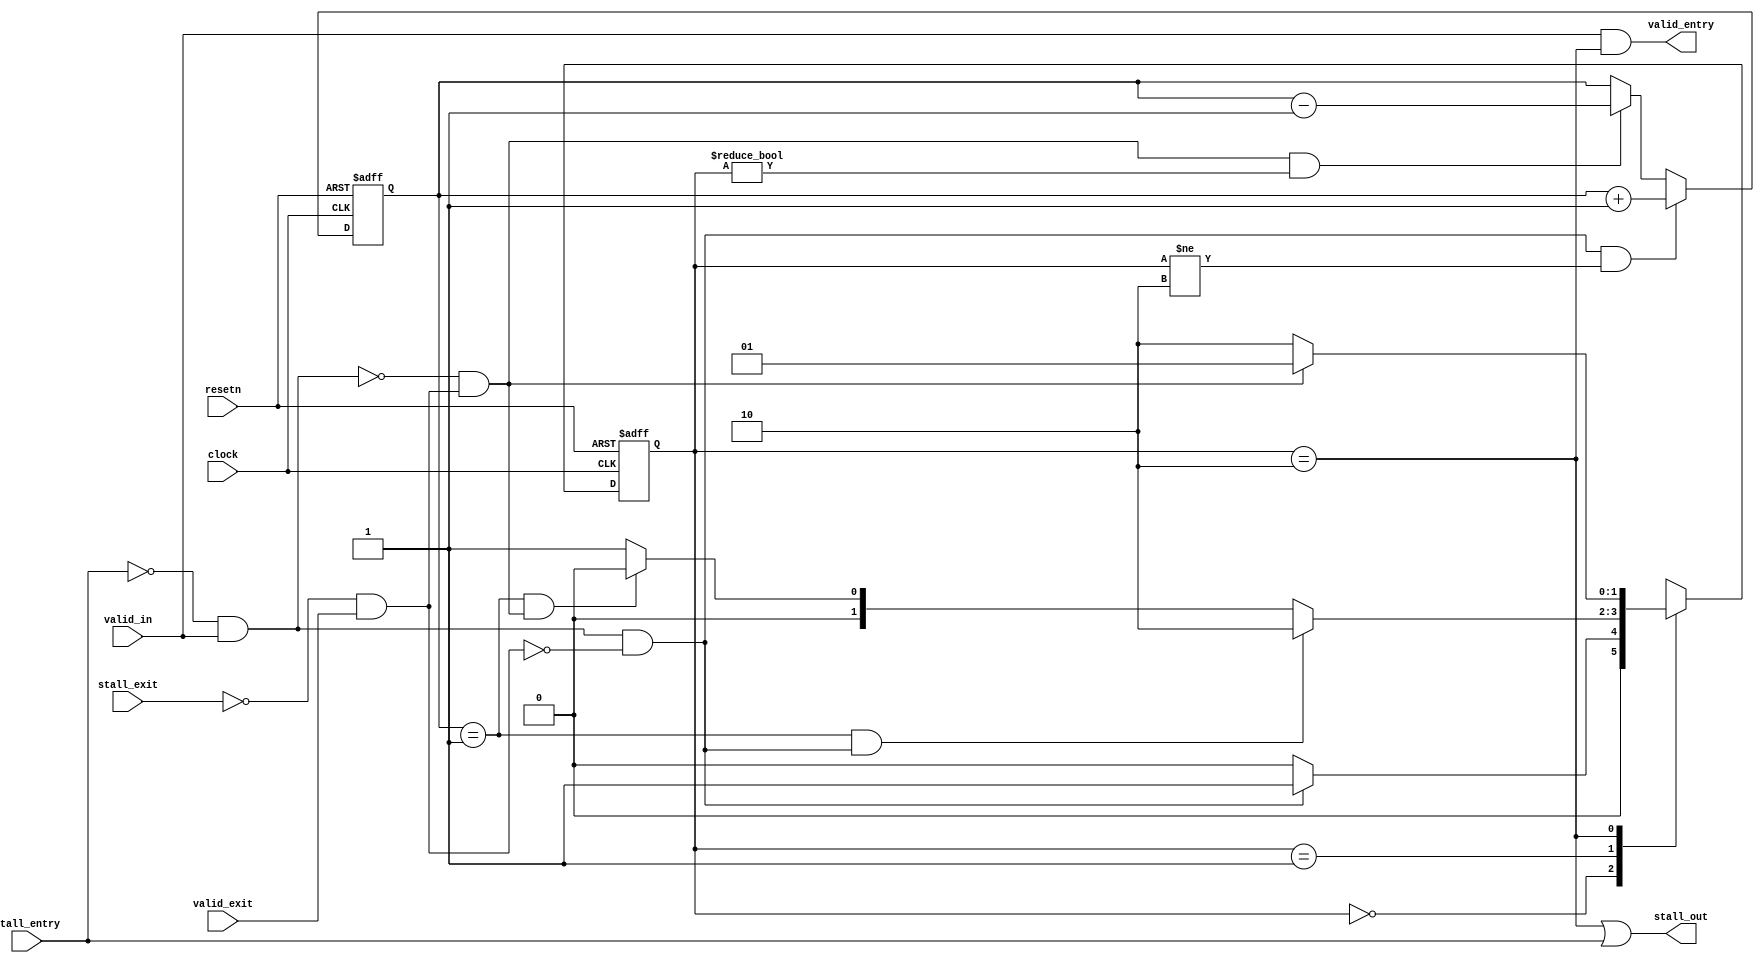
module loop_limiter_siso
	(
		clock,
		resetn,
		valid_in,
		stall_out,
		valid_entry,
		stall_entry,
		valid_exit,
		stall_exit
	);
parameter LIMIT_COUNTER_WIDTH = 16;
parameter MAX_VALUE = 2;
parameter VALUE_ONE = 1;
parameter MAX_VALUE_MIN_ONE = 1;
input clock;
input resetn;
input valid_in;
output stall_out;
output valid_entry;
input stall_entry;
input valid_exit;
input stall_exit;
parameter s_EMPTY = 2'b00;
parameter s_RUNNING = 2'b01;
parameter s_FULL = 2'b10;
reg [1:0] present_state, next_state;
reg [LIMIT_COUNTER_WIDTH-1:0] limit_counter;
wire increment_counter, decrement_counter;
assign increment_counter = ~(stall_entry) & valid_in;
assign decrement_counter = ~(stall_exit) & valid_exit;
always@(*)
begin
   case (present_state)
    s_EMPTY: if (increment_counter & ~decrement_counter)
                next_state <= s_RUNNING;
             else
                next_state <= s_EMPTY;
    s_RUNNING: if ((limit_counter == MAX_VALUE_MIN_ONE) & (increment_counter & ~decrement_counter))
                next_state <= s_FULL;
               else if ((limit_counter == VALUE_ONE) & (~increment_counter & decrement_counter))
                next_state <= s_EMPTY;
               else
                next_state <= s_RUNNING;
    s_FULL:  if (~increment_counter & decrement_counter)
                next_state <= s_RUNNING;
             else
                next_state <= s_FULL;
    default: next_state <= 2'bxx;
   endcase	 
end
always@(posedge clock or negedge resetn)
begin
  if (~resetn)
     present_state <= s_EMPTY;
  else
     present_state <= next_state;
end
always@(posedge clock or negedge resetn)
begin
  if (~resetn)
     limit_counter <= {LIMIT_COUNTER_WIDTH{1'b0}};
  else
  begin
    if ((increment_counter & ~decrement_counter) & (present_state != s_FULL))
       limit_counter <= limit_counter + 1'b1;
    else if ((~increment_counter & decrement_counter) & (present_state != s_EMPTY))
       limit_counter <= limit_counter - 2'b01;
  end
end
assign valid_entry = (valid_in & (present_state == s_FULL));
assign stall_out = ((present_state == s_FULL) | stall_entry);
endmodule